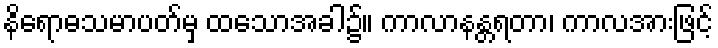
နိရောဓသမာပတ်မှ ထသောအခါ၌။ ကာလာနန္တရတာ၊ ကာလအားဖြင့်